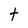
Character: t